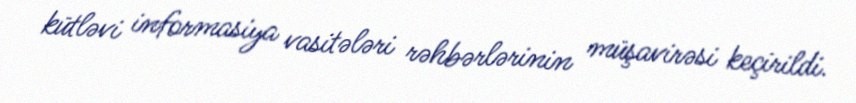
kütləvi informasiya vasitələri rəhbərlərinin müşavirəsi keçirildi.